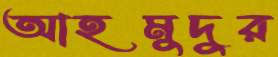
আহমুদুর